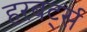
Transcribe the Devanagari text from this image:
हरबर्ट्स